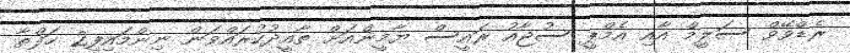
ރެޑްވޭވް ސަލީމް އާއި އެމްޕީ ސުޖާއު ރައީސް ޔާމީންއަށް ތާއީދުކުރައްވަން ނިންމައިފި2 ހަފްތާ